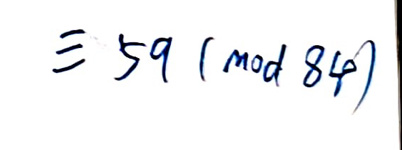
$\equiv 59 (\text{mod } 84)$